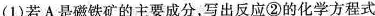
（1）若A是磁铁矿的主要成分，写出反应②的化学方程式